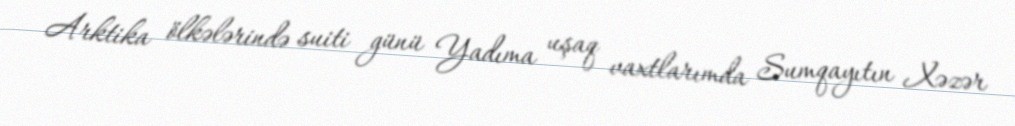
Arktika ölkələrində suiti günü Yadıma uşaq vaxtlarımda Sumqayıtın Xəzər